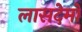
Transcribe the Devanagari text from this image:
लासदेमों